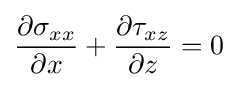
{\frac {\partial \sigma _{xx}}{\partial x}}+{\frac {\partial \tau _{xz}}{\partial z}}=0